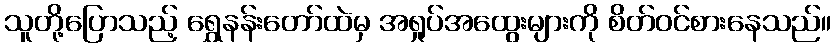
သူတို့ပြောသည့် ရွှေနန်းတော်ထဲမှ အရှုပ်အထွေးများကို စိတ်ဝင်စားနေသည်။